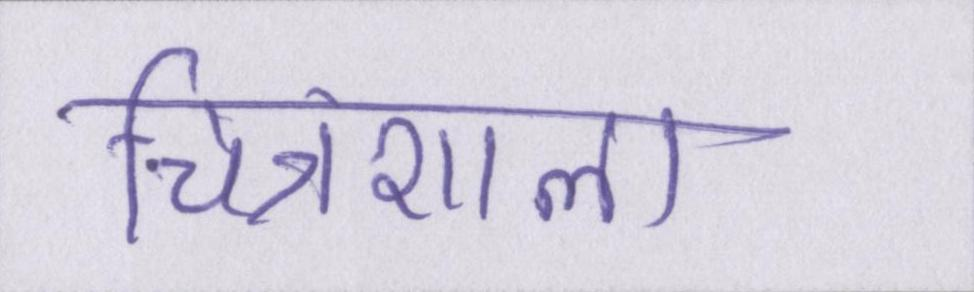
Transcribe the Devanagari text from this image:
चित्रशाला